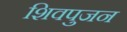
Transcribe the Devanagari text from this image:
शिवपुजन